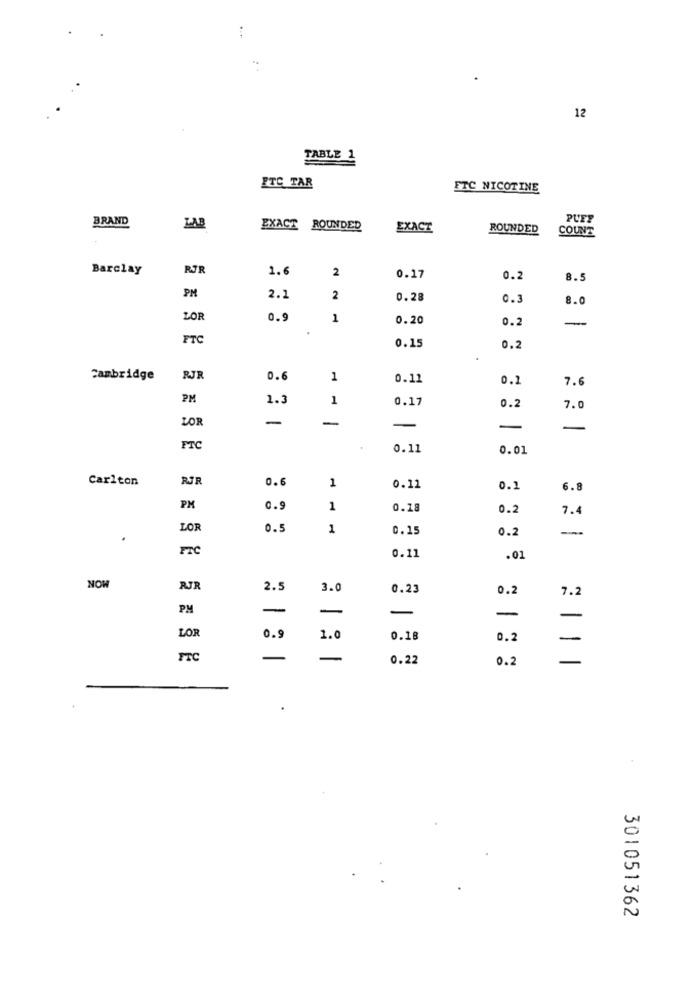
12
TABLE 1
ITC TAR
ETC NICOTINE
BRAND
PUFF
ZAB
EXACT ROUNDED
EXACT
ROUNDED
COUNT
Barclay
RJR
1.6
2
0.17
0.2
8.5
PM
2.1
2
0.28
0.3
8.0
LOR
0.9
1
0.20
0.2
--
.
FTC
0.15
0.2
Cambridge
RJR
0.6
1
0.11
0.1
7.6
PM
1.
1
0.17
0.2
7.0
LOR
-
-
-
-
FTC
0.11
0.01
Carlton
RJR
0.6
1
0.11
0.1
6.8
PM
0.9
1
0.18
0.2
7.
LOF
0.5
1
0.15
0.2
0.11
.01
NOW
RJR
2.5
3.0
0.23
0.2
7.2
PM
-
-
-
-
LOR
0.9
1.0
0.18
0.2
-
FTC
-
-
0.22
0.2
301051362